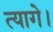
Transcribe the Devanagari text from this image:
त्यागे।